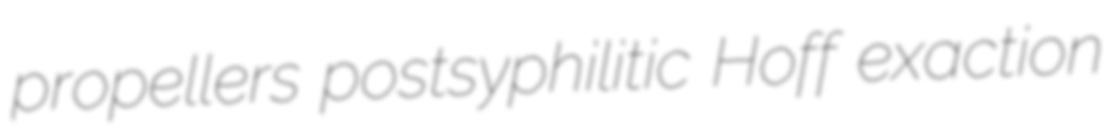
propellers postsyphilitic Hoff exaction